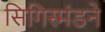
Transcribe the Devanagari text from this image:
सिगिस्मंडने